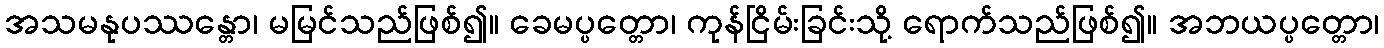
အသမနုပဿန္တော၊ မမြင်သည်ဖြစ်၍။ ခေမပ္ပတ္တော၊ ကုန်ငြိမ်းခြင်းသို့ ရောက်သည်ဖြစ်၍။ အဘယပ္ပတ္တော၊